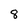
Character: 8